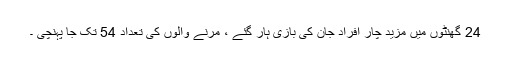
24 گھنٹوں میں مزید چار افراد جان کی بازی ہار گئے ، مرنے والوں کی تعداد 54 تک جا پہنچی ۔